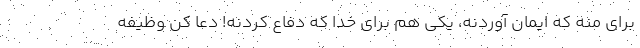
برای منه که ایمان آوردنه، یکی هم برای خدا که دفاع کردنه! دعا کن وظیفه